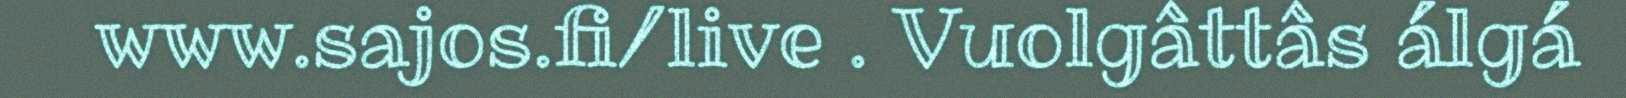
www.sajos.fi/live . Vuolgâttâs álgá